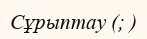
Сұрыптау (; )